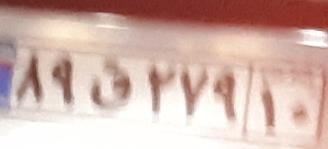
۸۹ق۲۷۹۱۰